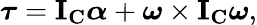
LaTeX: {\boldsymbol{\tau}}=\mathbf{I}_{\mathbf{C}}{\boldsymbol{\alpha}}+{\boldsymbol{\omega}}\times\mathbf{I}_{\mathbf{C}}{\boldsymbol{\omega}},